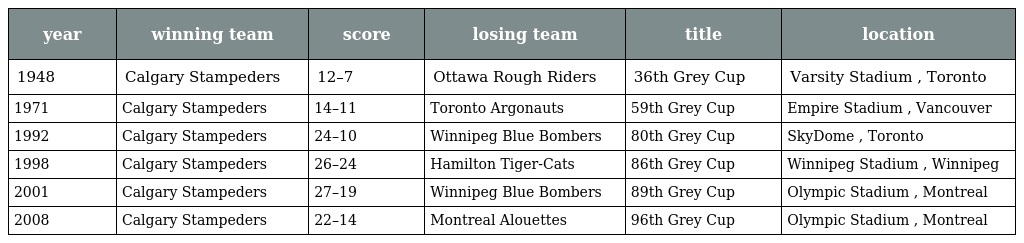
| year | winning team | score | losing team | title | location |
 | --- | --- | --- | --- | --- | --- |
 | 1948 | Calgary Stampeders | 12–7 | Ottawa Rough Riders | 36th Grey Cup | Varsity Stadium , Toronto |
 | 1971 | Calgary Stampeders | 14–11 | Toronto Argonauts | 59th Grey Cup | Empire Stadium , Vancouver |
 | 1992 | Calgary Stampeders | 24–10 | Winnipeg Blue Bombers | 80th Grey Cup | SkyDome , Toronto |
 | 1998 | Calgary Stampeders | 26–24 | Hamilton Tiger-Cats | 86th Grey Cup | Winnipeg Stadium , Winnipeg |
 | 2001 | Calgary Stampeders | 27–19 | Winnipeg Blue Bombers | 89th Grey Cup | Olympic Stadium , Montreal |
 | 2008 | Calgary Stampeders | 22–14 | Montreal Alouettes | 96th Grey Cup | Olympic Stadium , Montreal |